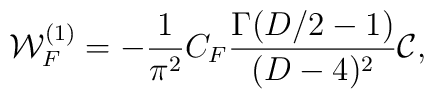
{\cal W}_F^{(1)} = - \frac{1}{{\pi}^2} C_F {\Gamma(D/2 - 1)\over (D - 4)^2} {\cal C},